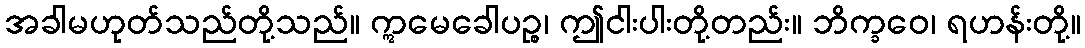
အခါမဟုတ်သည်တို့သည်။ ဣမေခေါပဉ္စ၊ ဤငါးပါးတို့တည်း။ ဘိက္ခဝေ၊ ရဟန်းတို့။